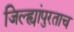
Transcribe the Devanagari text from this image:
जिल्ह्यांपुरताच